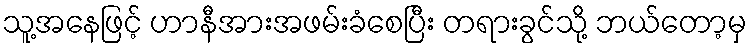
သူ့အနေဖြင့် ဟာနီအားအဖမ်းခံစေပြီး တရားခွင်သို့ ဘယ်တော့မှ